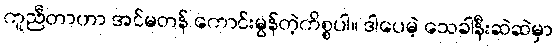
ကူညီတာဟာ အင်မတန် ကောင်းမွန်တဲ့ကိစ္စပါ။ ဒါပေမဲ့ သေခါနီးဆဲဆဲမှာ